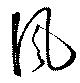
風